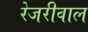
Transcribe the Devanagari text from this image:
रेजरीवाल